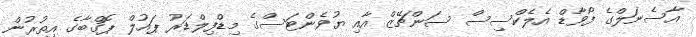
އާސެނަލްގެ ފޯވާޑް އެލެކްސިސް ސަންޗޭޒް އާއި ޔުވެންޓަސްގެ މިޑްފިލްޑަރު ޕައުލް ޕޮގްބާގެ އިތުރުން